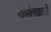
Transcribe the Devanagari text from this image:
गोमंतकचे